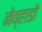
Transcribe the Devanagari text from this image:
नेव्हाडो